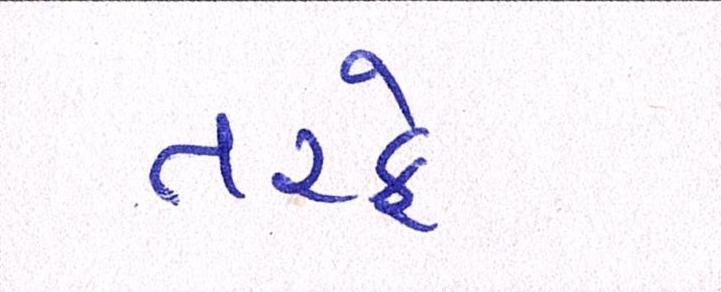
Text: તરફે